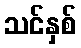
သင်နှစ်